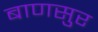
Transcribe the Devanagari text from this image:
बाणसुर